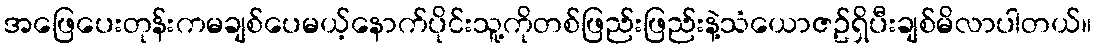
အဖြေပေးတုန်းကမချစ်ပေမယ့်နောက်ပိုင်းသူ့ကိုတစ်ဖြည်းဖြည်းနဲ့သံယောဇဥ်ရှိပီးချစ်မိလာပါတယ်။